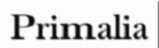
Primalia